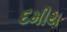
દમીય